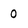
Character: o